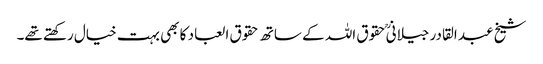
شیخ عبد القادر جیلانیؒ حقوق اللہ کے ساتھ حقوق العباد کا بھی بہت خیال رکھتے تھے۔